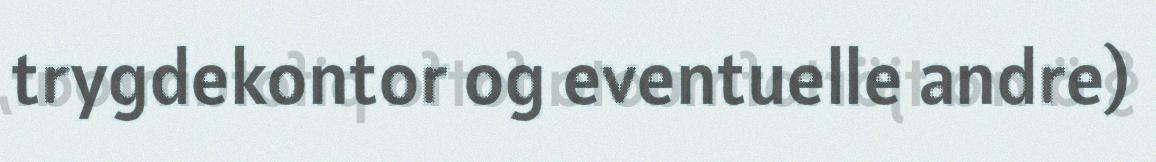
trygdekontor og eventuelle andre)